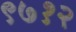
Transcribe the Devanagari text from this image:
९७१२